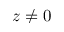
z \neq 0